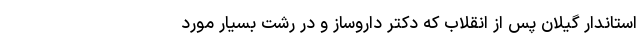
استاندار گیلان پس از انقلاب که دکتر دارو‌ساز و در رشت بسیار مورد